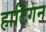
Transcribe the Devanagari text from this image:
हार्टिगन